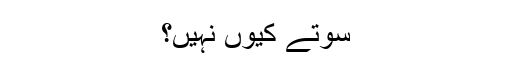
سوتے کیوں نہیں؟